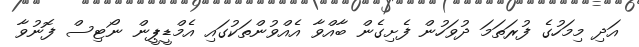
އަދި މިމަހުގެ ފުރަތަމަ ދުވަހުން ފެށިގެން ބާއްވާ އެއްވުންތަކުގައި އެމްޑީޕީން ނޯޓިސް ފޮނުވާ